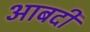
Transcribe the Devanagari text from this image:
आबदी